Plague in India, 1896, 1897 - Volume 2
Year: 1896
Disease focus: Plague
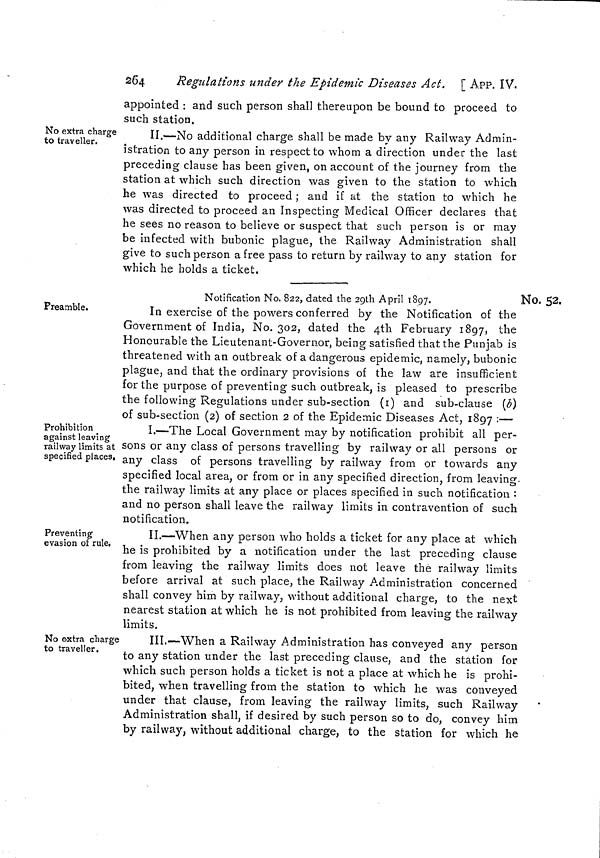
264
Regulations under the Epidemic Diseases Act. [ APP. ÏV.
appointed : and such person shall thereupon be bound to proceed to
such station.
No extra charge
to traveller.
II.—No additional charge shall be made by any Railway Admin-
istration to any person in respect to whom a direction under the last
preceding clause has been given, on account of the journey from the
station at which such direction was given to the station to which
he was directed to proceed ; and if at the station to which he
was directed to proceed an Inspecting Medical Officer declares that
he sees no reason to believe or suspect that such person is or may
be infected with bubonic plague, the Railway Administration shall
give to such person a free pass to return by railway to any station for
which he holds a ticket.
Notification No. 822, dated the 2gth April 1897.
Preamble.
No. 52.
In exercise of the powers conferred by the Notification of the
Government of India, No. 302, dated the 4th February 1897, the
Honourable the Lieutenant-Governor, being satisfied that the Punjab is
threatened with an outbreak of a dangerous epidemic, namely, bubonic
plague, and that the ordinary provisions of the law are insufficient
for the purpose of preventing such outbreak, is pleased to prescribe
the following Regulations under sub-section (1) and sub-clause (b)
of sub-section (2) of section 2 of the Epidemic Diseases Act, 1897 :—
Prohibition
against leaving
railway limits at
specified places.
I.—The Local Government may by notification prohibit all per-
sons or any class of persons travelling by railway or all persons or
any class of persons travelling by railway from or towards any
specified local area, or from or in any specified direction, from leaving-
the railway limits at any place or places specified in such notification :
and no person shall leave the railway limits in contravention of such
notification.
Preventing
evasion of rule,
II.—When any person who holds a ticket for any place at which
he is prohibited by a notification under the last preceding clause
from leaving the railway limits does not leave the railway limits
before arrival at such place, the Railway Administration concerned
shall convey him by railway, without additional charge, to the next
nearest station at which he is not prohibited from leaving the railway
limits.
No extra charge
to traveller.
III.—When a Railway Administration has conveyed any person
to any station under the last preceding clause, and the station for
which such person holds a ticket is not a place at which he is prohi-
bited, when travelling from the station to which he was conveyed
under that clause, from leaving the railway limits, such Railway
Administration shall, if desired by such person so to do, convey him
by railway, without additional charge, to the station for which he